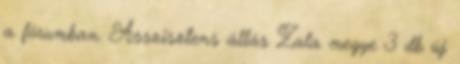
a fórumban. Asszisztens állás Zala megye 3 db új